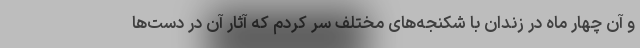
و آن چهار ماه در زندان با شکنجه‌های مختلف سر کردم که آثار آن در دست‌ها